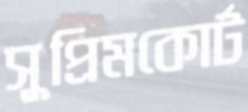
সুপ্রিমকোর্ট